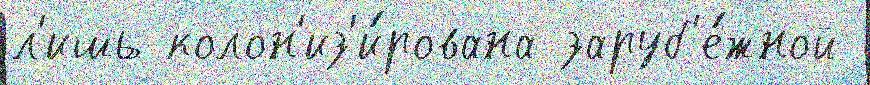
л'ишь колон'из'и́рована заруб'е́жной